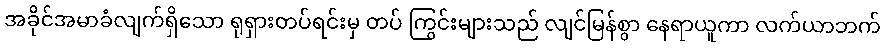
အခိုင်အမာခံလျက်ရှိသော ရုရှားတပ်ရင်းမှ တပ် ကြွင်းများသည် လျင်မြန်စွာ နေရာယူကာ လက်ယာဘက်